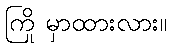
ကြို မှာထားလား။